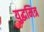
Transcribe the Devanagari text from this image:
युद्धमित्र